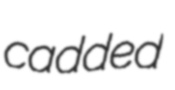
cadded